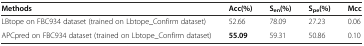
<table><thead><tr><td><b>Methods</b></td><td><b>Acc(%)</b></td><td><b>S<sub>en</sub>(%)</b></td><td><b>S<sub>pe</sub>(%)</b></td><td><b>Mcc</b></td></tr></thead><tbody><tr><td>LBtope on FBC934 dataset (trained on Lbtope_Confirm dataset)</td><td>52.66</td><td>78.09</td><td>27.23</td><td>0.06</td></tr><tr><td>APCpred on FBC934 dataset (trained on Lbtope_Confirm dataset)</td><td><b>55.09</b></td><td>59.31</td><td>50.86</td><td>0.10</td></tr></tbody></table>